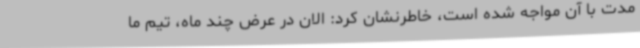
مدت با آن مواجه شده است، خاطرنشان کرد: الان در عرض چند ماه، تیم ما